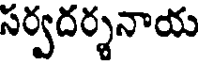
సర్వదర్శనాయ